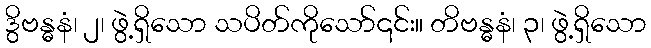
ဒွိဗန္ဓနံ၊ ၂၊ ဖွဲ့ရှိသော သပိတ်ကိုသော်၎င်း။ တိဗန္ဓနံ၊ ၃၊ ဖွဲ့ရှိသော